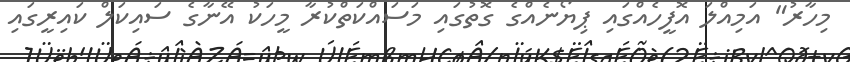
މިހާރު" އަމިއްލަ އޮފީހެއްގައި ޕިޔޯނެއްގެ ގޮތުގައި މަސައްކަތްކުރާ މީހަކު އޭނާގެ ސައިކަލް ކައިރީގައި